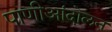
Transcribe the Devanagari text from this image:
पाणीआंदोलन